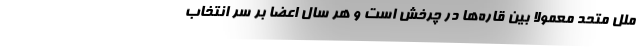
ملل متحد معمولا بین قاره‌ها در چرخش است و هر سال اعضا بر سر انتخاب